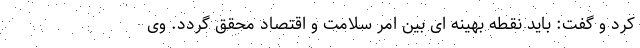
کرد و گفت: باید نقطه بهینه ای بین امر سلامت و اقتصاد محقق گردد. وی